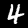
Label: 4